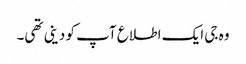
وہ جی ایک اطلاع آپ کو دینی تھی۔